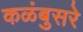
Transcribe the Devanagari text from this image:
कळंबुसरे